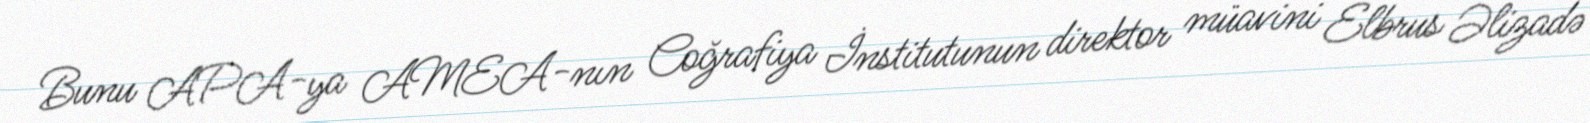
Bunu APA-ya AMEA-nın Coğrafiya İnstitutunun direktor müavini Elbrus Əlizadə